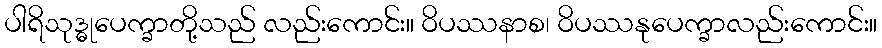
ပါရိသုဒ္ဓုပေက္ခာတို့သည် လည်းကောင်း။ ဝိပဿနာစ၊ ဝိပဿနုပေက္ခာလည်းကောင်း။